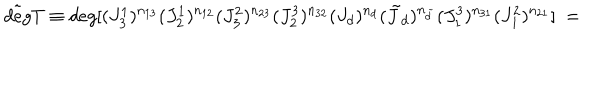
\tilde { d e g } T \equiv d e g [ ( J _ { 3 } ^ { 1 } ) ^ { n _ { 1 3 } } ( J _ { 2 } ^ { 1 } ) ^ { n _ { 1 2 } } ( J _ { 3 } ^ { 2 } ) ^ { n _ { 2 3 } } ( J _ { 2 } ^ { 3 } ) ^ { n _ { 3 2 } } ( J _ { d } ) ^ { n _ { d } } ( { \tilde { J } } _ { d } ) ^ { n _ { \tilde { d } } } ( J _ { 1 } ^ { 3 } ) ^ { n _ { 3 1 } } ( J _ { 1 } ^ { 2 } ) ^ { n _ { 2 1 } } ] \ =